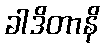
ခါဒိတာနိ